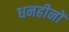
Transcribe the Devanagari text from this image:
धनहीनों